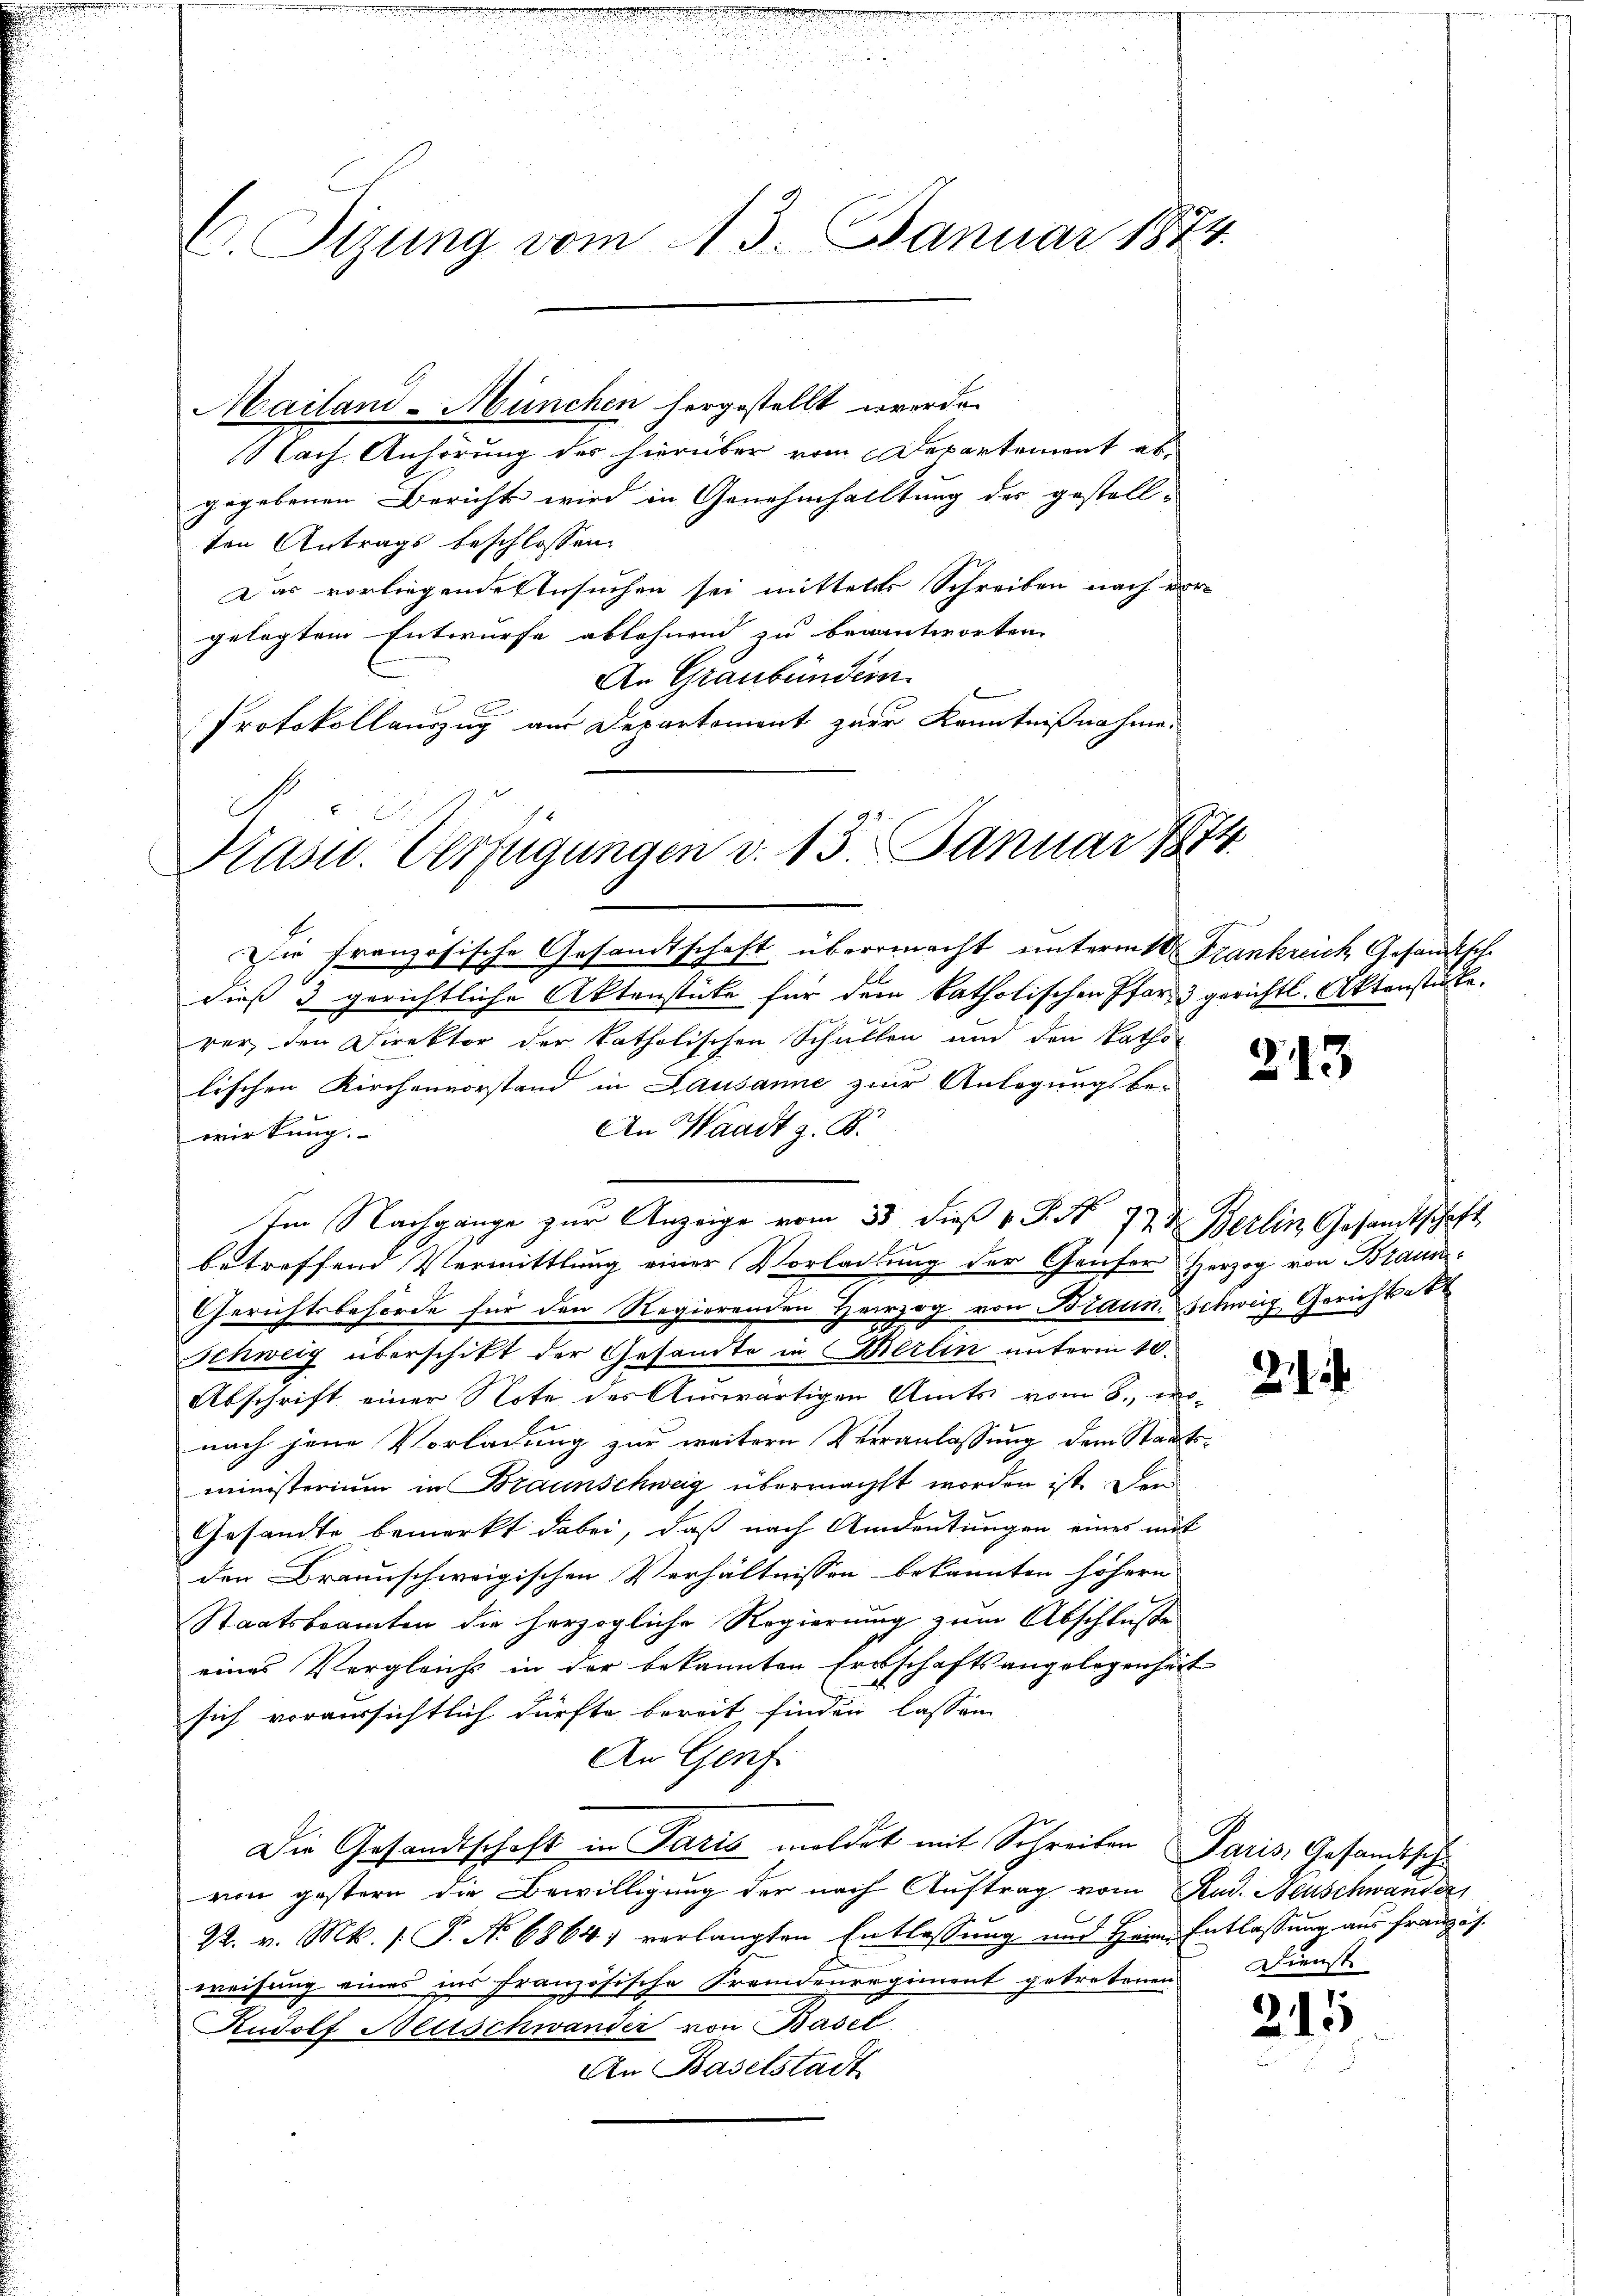
C. Tizung vom 13. Januar 1872

Nach Anhörung des hierüber vom Departement al
gegebenen Bericht wird in Genehmhalltung des gestellten Antrags beschlossen.
Das vorliegende Ansuchen sei mittelst Schreiben nach vor-
gelegtem Entwurfe ablehnend zu berantworten. |
An Graubünden
Protokollauszug am Departement zur Kenntnißnahme.

Mailand-München hergestellt werde.

Präsid.. Verfügungen v. 13. Januar 1874.

Die französische Gesandtschaft übermacht unterm 10. Frankreich Gesandtsch
dieß 3 gerichtliche Aktenstüke für dem katholischen Pfarr 3 gerichtl. Aktenstücke.
rer, den Direktor der katholischen Schullen und den katho-
lischen Kirchenvorstand in Lausanne zur Anlegungsbe-
An Waadt z. B.
wirkung.
Im Nachgange zur Anzeige vom 30 dieß v. J. N. 77 u. Berlin Gesandtschaft
betreffend Vermittlung einer Vorladung der Geiser Herzog von Braun¬
Gerichtsbehörde für den Regierenden Herzog von Braun. Schweig Gerichtet
Schweig überschikt der Gesandte in Wierlin unterm 10.
Abschrift einer Note des Auswärtigen Amts vom 8. ernach jene Vorladung zur weitere Veranlassung dem Staatsministerium in Braunschweig übermacht worden ist. Den
Gesandte bemerkt dabei, daß nach Andeutungen eines mit
den Braunschweigischen Verhältnissen bekannten höhern
Staatsbeamten die herzogliche Regierung zum Abschlusse
eines Vergleichs in der bekannten Erbschaftsangelegenheit
sich voraussichtlich dürfte bereit finden lassen
An Genf
Die Gesandtschaft in Paris moldet mit Schreiben Paris, Gesandtschvon gestern die Bewilligung der nach Auftrag vom Rud. Neuschwanders
E
22. v. M. s. P. No 6864, verlangten Entlassung und Herrn Entlassung aus französ.
weisung eines ins französische Fremdenregiment getretenen
Rudolf Hettschwander von Basel
An Baselstadt

213

2

Dienst

215